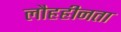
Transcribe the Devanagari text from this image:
लौहहीनता